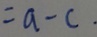
= a - c .